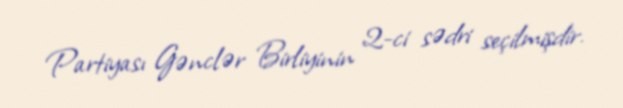
Partiyası Gənclər Birliyinin 2-ci sədri seçilmişdir.